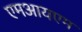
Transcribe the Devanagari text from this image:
एमआयएम